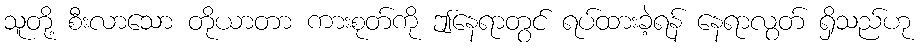
သူတို့ စီးလာသော တိုယာတာ ကားစုတ်ကို ဤနေရာတွင် ရပ်ထားခဲ့ရန် နေရာလွတ် ရှိသည်ဟု